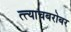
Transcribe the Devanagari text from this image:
त्त्याचबरोबर